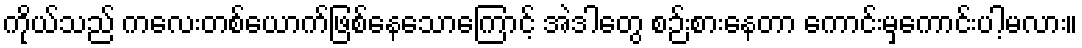
ကိုယ်သည် ကလေးတစ်ယောက်ဖြစ်နေသောကြောင့် အဲဒါတွေ စဉ်းစားနေတာ ကောင်းမှကောင်းပါ့မလား။